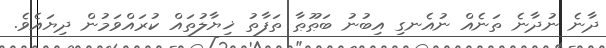
ދާނެ ނުދާނެ ތަނެއް ނުއެނގި އިބުނު ބަޠޫޠާ ތަފާތު ޚިޔާލުތައް ކުރައްވަމުން ދިޔައެވެ.